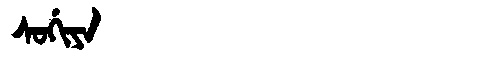
Manchu: ᠰᠣᡤᡳᠶᠠ
Romanization: SOGIYA